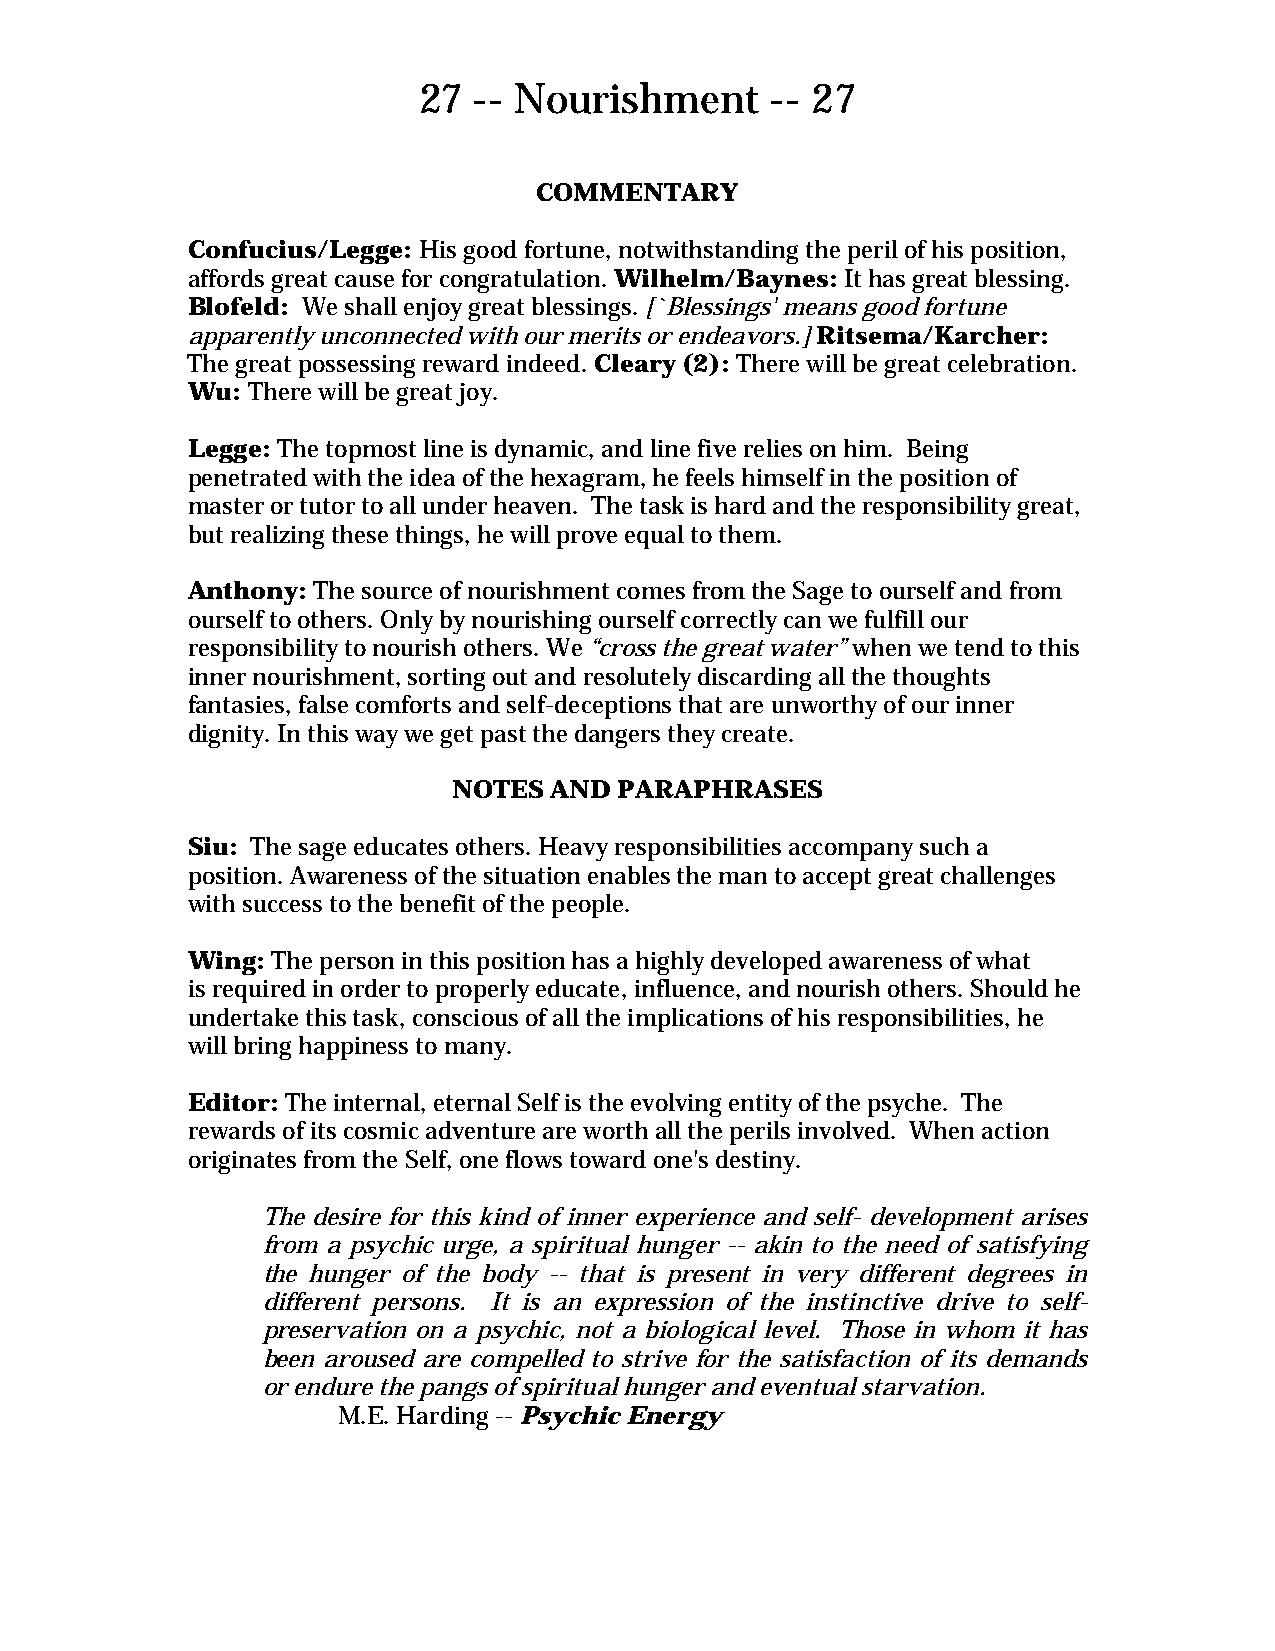
27 -- Nourishment      -- 27
 COMMENTARY
 Confucius/Legge: His good fortune, notwithstanding the peril of his position,
 affords great cause for congratulation. Wilhelm/Baynes: It has great blessing.
 Blofeld: We shall enjoy great blessings. [`Blessings' means good fortune
 apparently unconnected with our merits or endeavors.] Ritsema/Karcher:
 The great possessing reward indeed. Cleary (2): There will be great celebration.
 Wu: There will be great joy.
 Legge: The topmost line is dynamic, and line five relies on him. Being
 penetrated with the idea of the hexagram, he feels himself in the position of
 master or tutor to all under heaven. The task is hard and the responsibility great,
 but realizing these things, he will prove equal to them.
 Anthony: The source of nourishment comes from the Sage to ourself and from
 ourself to others. Only by nourishing ourself correctly can we fulfill our
 responsibility to nourish others. We “cross the great water” when we tend to this
 inner nourishment, sorting out and resolutely discarding all the thoughts
 fantasies, false comforts and self-deceptions that are unworthy of our inner
 dignity. In this way we get past the dangers they create.
 NOTES AND  PARAPHRASES
 Siu: The sage educates others. Heavy responsibilities accompany such a
 position. Awareness of the situation enables the man to accept great challenges
 with success to the benefit of the people.
 Wing: The person in this position has a highly developed awareness of what
 is required in order to properly educate, influence, and nourish others. Should he
 undertake this task, conscious of all the implications of his responsibilities, he
 will bring happiness to many.
 Editor: The internal, eternal Self is the evolving entity of the psyche. The
 rewards of its cosmic adventure are worth all the perils involved. When action
 originates from the Self, one flows toward one's destiny.
 The desire for this kind of inner experience and self- development arises
 from a psychic urge, a spiritual hunger -- akin to the need of satisfying
 the hunger of the body -- that is present in very different degrees in
 different persons. It is an expression of the instinctive drive to self-
 preservation on a psychic, not a biological level. Those in whom it has
 been aroused are compelled to strive for the satisfaction of its demands
 or endure the pangs of spiritual hunger and eventual starvation.
 M.E. Harding -- Psychic Energy